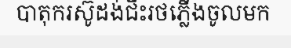
បាតុករស៊ូដង់ជិះរថភ្លើងចូលមក